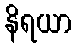
နိရယာ